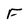
Character: F